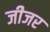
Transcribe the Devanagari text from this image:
जीजर